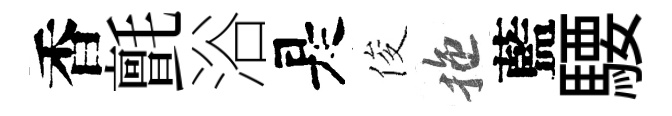
香氈浴是俊拖藍騕